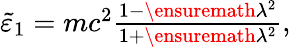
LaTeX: \begin{array}{r}{\tilde{\varepsilon}_{1}=mc^{2}\frac{1-\ensuremath{\lambda}^{2}}{1+\ensuremath{\lambda}^{2}},}\end{array}